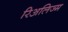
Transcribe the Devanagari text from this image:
रिअलिज्म